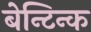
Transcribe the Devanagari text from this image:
बेन्टिन्क